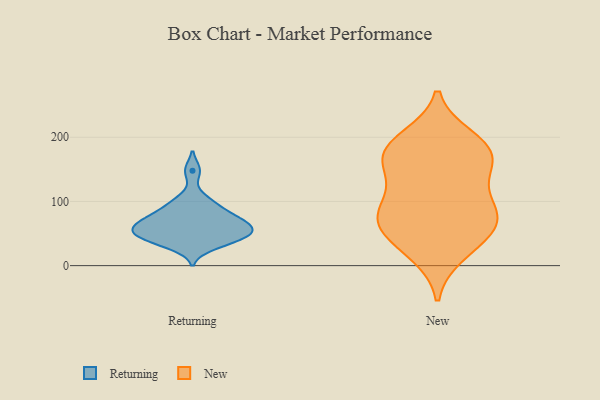
{"axis": {"x": "Operating Costs (USD K)", "y": "Value"}, "legend": ["New", "Returning"], "data": [{"x": "", "y": 46, "type": "Returning"}, {"x": "", "y": 148, "type": "Returning"}, {"x": "", "y": 42, "type": "Returning"}, {"x": "", "y": 73, "type": "Returning"}, {"x": "", "y": 52, "type": "Returning"}, {"x": "", "y": 30, "type": "Returning"}, {"x": "", "y": 95, "type": "Returning"}, {"x": "", "y": 57, "type": "Returning"}, {"x": "", "y": 82, "type": "Returning"}, {"x": "", "y": 40, "type": "Returning"}, {"x": "", "y": 66, "type": "Returning"}, {"x": "", "y": 73, "type": "Returning"}, {"x": "", "y": 51, "type": "Returning"}, {"x": "", "y": 103, "type": "Returning"}, {"x": "", "y": 62, "type": "Returning"}, {"x": "", "y": 193, "type": "New"}, {"x": "", "y": 169, "type": "New"}, {"x": "", "y": 164, "type": "New"}, {"x": "", "y": 156, "type": "New"}, {"x": "", "y": 58, "type": "New"}, {"x": "", "y": 164, "type": "New"}, {"x": "", "y": 27, "type": "New"}, {"x": "", "y": 59, "type": "New"}, {"x": "", "y": 84, "type": "New"}, {"x": "", "y": 100, "type": "New"}, {"x": "", "y": 71, "type": "New"}, {"x": "", "y": 123, "type": "New"}, {"x": "", "y": 18, "type": "New"}, {"x": "", "y": 199, "type": "New"}, {"x": "", "y": 63, "type": "New"}, {"x": "", "y": 186, "type": "New"}, {"x": "", "y": 87, "type": "New"}]}